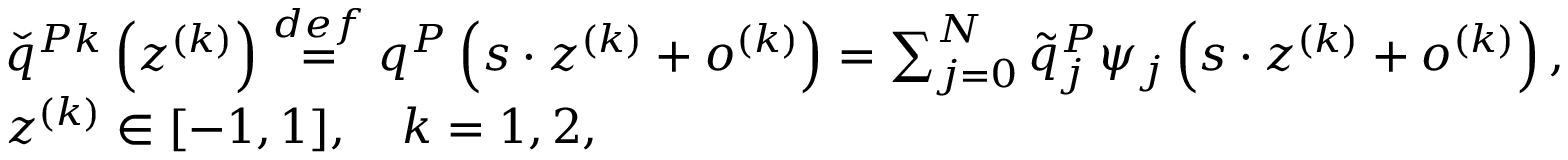
\begin{array} { r l } & { \check { q } ^ { P k } \left( z ^ { ( k ) } \right) \overset { d e f } { = } q ^ { P } \left( s \cdot z ^ { ( k ) } + o ^ { ( k ) } \right) = \sum _ { j = 0 } ^ { N } \tilde { q } _ { j } ^ { P } \psi _ { j } \left( s \cdot z ^ { ( k ) } + o ^ { ( k ) } \right) , } \\ & { z ^ { ( k ) } \in [ - 1 , 1 ] , \quad k = 1 , 2 , } \end{array}